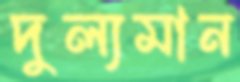
দুল্যমান